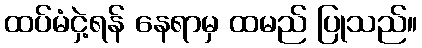
ထပ်မံငှဲ့ရန် နေရာမှ ထမည် ပြုသည်။